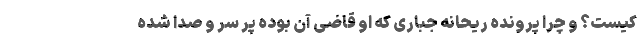
کیست؟ و چرا پرونده ریحانه جباری که او قاضی آن بوده پر سر و صدا شده